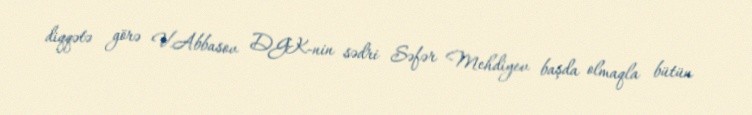
diqqətə görə V.Abbasov DGK-nin sədri Səfər Mehdiyev başda olmaqla bütün